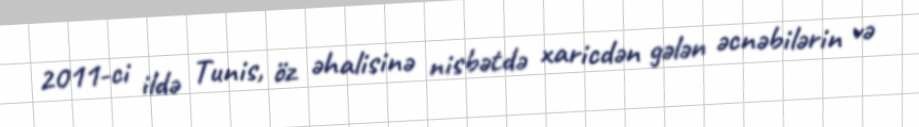
2011-ci ildə Tunis, öz əhalisinə nisbətdə xaricdən gələn əcnəbilərin və